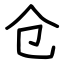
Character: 仓